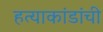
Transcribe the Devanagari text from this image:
हत्याकांडांची